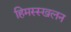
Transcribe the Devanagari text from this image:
हिमस्स्खलन